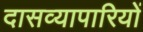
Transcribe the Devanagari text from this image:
दासव्यापारियों